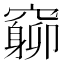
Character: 𥨚